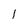
Character: l